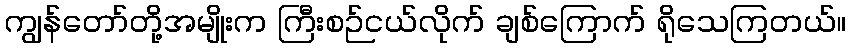
ကျွန်တော်တို့အမျိုးက ကြီးစဉ်ငယ်လိုက် ချစ်ကြောက် ရိုသေကြတယ်။